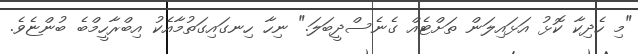
"މި ހެދިކާ ކޮޅު އަޅައިލަން ތަށްޓެއް ގެނެސްދީބަލަ." ނިހާ ހިނގައިގަތުމާއެކު އިބްރާހީމްބެ ބުންޏެވެ.